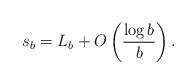
LaTeX: \begin{align*}s_b = L_b + O\left(\frac{\log b}{b}\right).\end{align*}